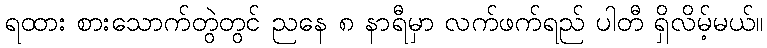
ရထား စားသောက်တွဲတွင် ညနေ ၈ နာရီမှာ လက်ဖက်ရည် ပါတီ ရှိလိမ့်မယ်။